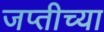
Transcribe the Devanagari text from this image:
जप्तीच्या